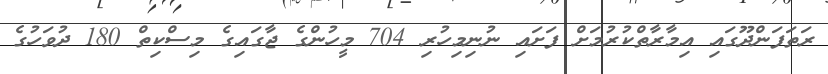
ރަތަފަންދޫގައި އިމާރާތްކުރުމަށް ފަށައި ނުނިމިހުރި 704 މީހުންގެ ޖާގައިގެ މިސްކިތް 180 ދުވަހުގެ